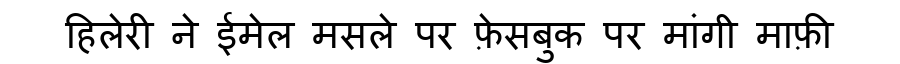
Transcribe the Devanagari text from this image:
हिलेरी ने ईमेल मसले पर फ़ेसबुक पर मांगी माफ़ी